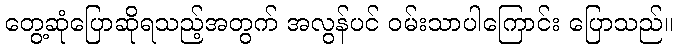
တွေ့ဆုံပြောဆိုရသည့်အတွက် အလွန်ပင် ဝမ်းသာပါကြောင်း ပြောသည်။